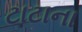
ટાટાના